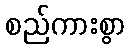
စည်ကားစွာ